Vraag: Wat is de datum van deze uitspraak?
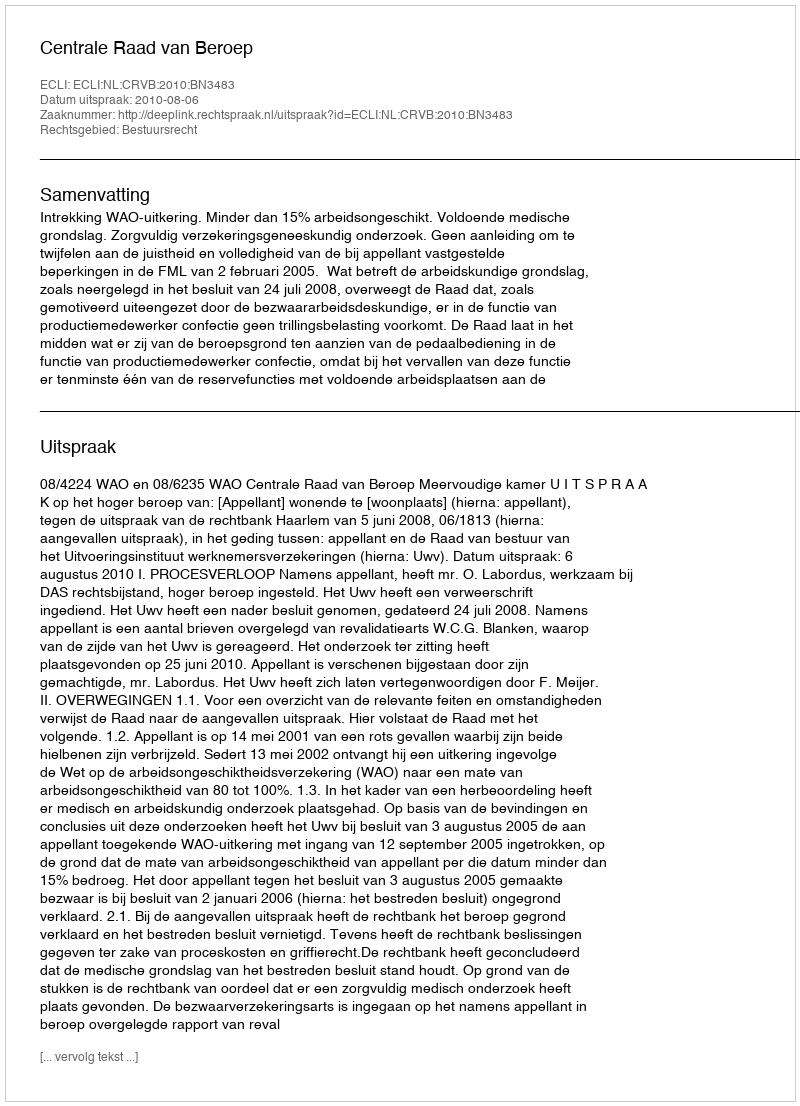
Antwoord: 2010-08-06